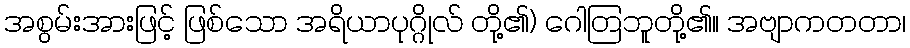
အစွမ်းအားဖြင့် ဖြစ်သော အရိယာပုဂ္ဂိုလ် တို့၏) ဂေါတြဘူတို့၏။ အဗျာကတတာ၊